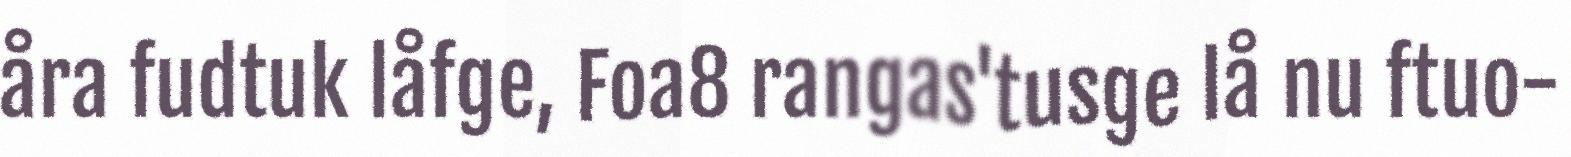
åra fudtuk låfge, Foa8 rangas'tusge lå nu ftuo-